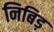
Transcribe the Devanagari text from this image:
निबिड़